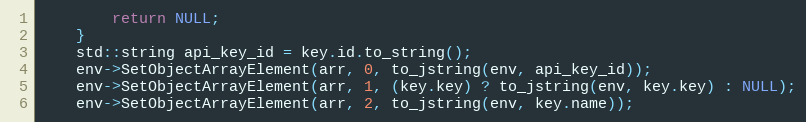
Language: C++
        return NULL;
    }
    std::string api_key_id = key.id.to_string();
    env->SetObjectArrayElement(arr, 0, to_jstring(env, api_key_id));
    env->SetObjectArrayElement(arr, 1, (key.key) ? to_jstring(env, key.key) : NULL);
    env->SetObjectArrayElement(arr, 2, to_jstring(env, key.name));